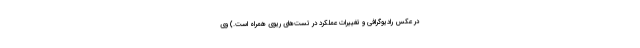
در عکس رادیوگرافی و تغییرات عملکرد در تست‌های ریوی همراه است.) وی